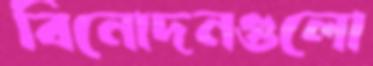
বিনোদনগুলো